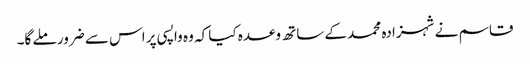
قاسم نے شہزادہ محمد کے ساتھ وعدہ کیا کہ وہ واپسی پر اس سے ضرور ملے گا۔